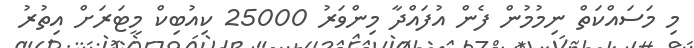
މި މަސައްކަތް ނިމުމުން ފެން އުފައްދާ މިންވަރު 25000 ކިއުބިކް މީޓަރަށް އިތުރު